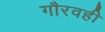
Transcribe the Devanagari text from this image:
गौरवही